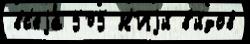
вс'еjа́ 505 Н'Иjи́ в'и́дов